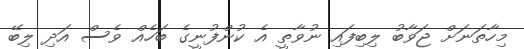
މިހާތަނަށް ޖަވާބު ލިބިފައި ނުވާތީ އެ ކުންފުނީގެ ބަހެއް ވެސް އަދި ލިބޭ